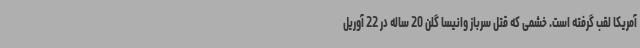
آمریکا لقب گرفته است. خشمی که قتل سرباز وانیسا گلن 20 ساله در 22 آوریل